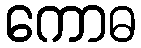
ကောဓ